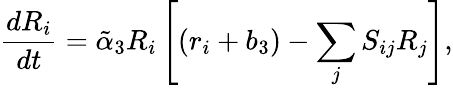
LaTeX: {\frac{dR_{i}}{dt}}=\tilde{\alpha}_{3}R_{i}\left[(r_{i}+b_{3})-\sum_{j}S_{ij}R_{j}\right],